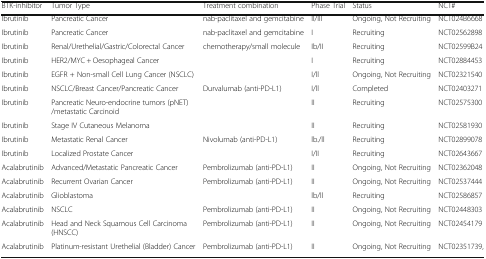
<table><thead><tr><td><b>BTK-inhibitor</b></td><td><b>Tumor Type</b></td><td><b>Treatment combination</b></td><td><b>Phase Trial</b></td><td><b>Status</b></td><td><b>NCT#</b></td></tr></thead><tbody><tr><td>Ibrutinib</td><td>Pancreatic Cancer</td><td>nab-paclitaxel and gemcitabine</td><td>ll/lll</td><td>Ongoing, Not Recruiting</td><td>NCT024B6668</td></tr><tr><td>Ibrutinib</td><td>Pancreatic Cancer</td><td>nab-paclitaxel and gemcitabine</td><td>I</td><td>Recruiting</td><td>NCT02562898</td></tr><tr><td>Ibrutinib</td><td>Renal/Urethelial/Gastric/Colorectal Cancer</td><td>chemotherapy/small molecule</td><td>Ib/II</td><td>Recruiting</td><td>NCT02599B24</td></tr><tr><td>Ibrutinib</td><td>HER2/MYC + Oesophageal Cancer</td><td></td><td>I</td><td>Recruiting</td><td>NCT02884453</td></tr><tr><td>Ibrutinib</td><td>EGFR + Non-small Cell Lung Cancer (NSCLC)</td><td></td><td>I/ll</td><td>Ongoing, Not Recruiting</td><td>NCT02321540</td></tr><tr><td>Ibrutinib</td><td>NSCLC/Breast Cancer/Pancreatic Cancer</td><td>Durvalumab (anti-PD-L1)</td><td>I/ll</td><td>Completed</td><td>NCT02403271</td></tr><tr><td>Ibrutinib</td><td>Pancreatic Neuro-endocrine tumors (pNET) /metastatic Carcinoid</td><td></td><td>II</td><td>Recruiting</td><td>NCT02575300</td></tr><tr><td>Ibrutinib</td><td>Stage IV Cutaneous Melanoma</td><td></td><td>II</td><td>Recruiting</td><td>NCT02581930</td></tr><tr><td>Ibrutinib</td><td>Metastatic Renal Cancer</td><td>Nivolumab (anti-PD-L1)</td><td>lb./ll</td><td>Recruiting</td><td>NCT02899078</td></tr><tr><td>Ibrutinib</td><td>Localized Prostate Cancer</td><td></td><td>I/II</td><td>Recruiting</td><td>NCT02643667</td></tr><tr><td>Acalabrutinib</td><td>Advanced/Metastatic Pancreatic Cancer</td><td>Pembrolizumab (anti-PD-L1)</td><td>II</td><td>Ongoing, Not Recruiting</td><td>NCT02362048</td></tr><tr><td>Acalabrutinib</td><td>Recurrent Ovarian Cancer</td><td>Pembrolizumab (anti-PD-L1)</td><td>II</td><td>Ongoing, Not Recruiting</td><td>NCT02537444</td></tr><tr><td>Acalabrutinib</td><td>Glioblastoma</td><td></td><td>lb/ll</td><td>Recruiting</td><td>NCT02586857</td></tr><tr><td>Acalabrutinib</td><td>NSCLC</td><td>Pembrolizumab (anti-PD-L1)</td><td>II</td><td>Ongoing, Not Recruiting</td><td>NCT02448303</td></tr><tr><td>Acalabrutinib</td><td>Head and Neck Squamous Cell Carcinoma (HNSCC)</td><td>Pembrolizumab (anti-PD-L1)</td><td>II</td><td>Ongoing, Not Recruiting</td><td>NCT02454179</td></tr><tr><td>Acalabrutinib</td><td>Platinum-resistant Urethelial (Bladder) Cancer</td><td>Pembrolizumab (anti-PD-L1)</td><td>II</td><td>Ongoing, Not Recruiting</td><td>NCT02351739,</td></tr></tbody></table>